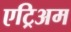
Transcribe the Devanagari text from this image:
एट्रिअम